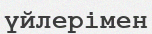
үйлерімен